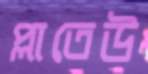
প্লাতেউ